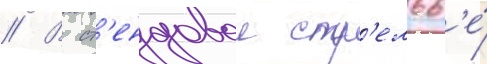
// В ст'ендовои стр'ельб'е́